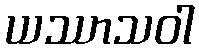
ယဿာသဝါ